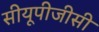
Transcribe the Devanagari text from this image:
सीयूपीजीसी